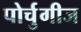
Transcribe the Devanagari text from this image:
पोर्चुगीज